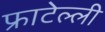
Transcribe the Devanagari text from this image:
फ्राटेल्ली